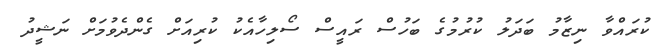
ކުރައްވާ ނިޒާމު ބަދަލު ކުރުމުގެ ބަހުސް ރައީސް ސޯލިހާއެކު ކުރިއަށް ގެންދެވުމަށް ނަޝީދު